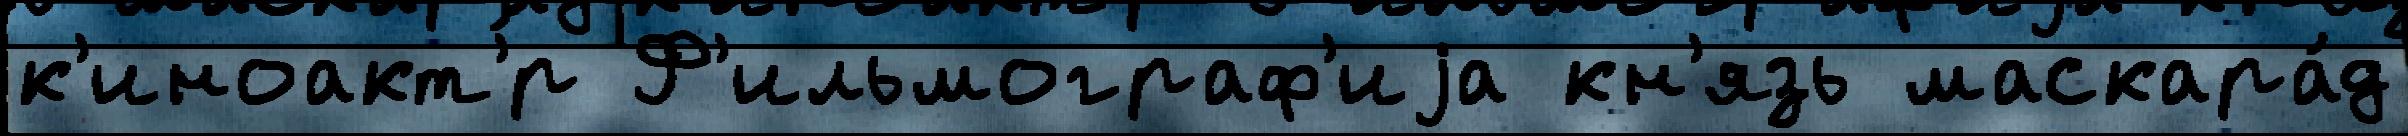
к'иноакт'́р Ф'ильмограф'иjа кн'язь маскара́д